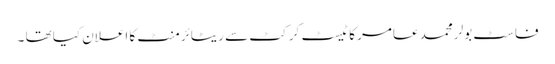
فاسٹ بولر محمد عامر کا ٹیسٹ کرکٹ سے ریٹائرمنٹ کا اعلان کیا تھا ۔